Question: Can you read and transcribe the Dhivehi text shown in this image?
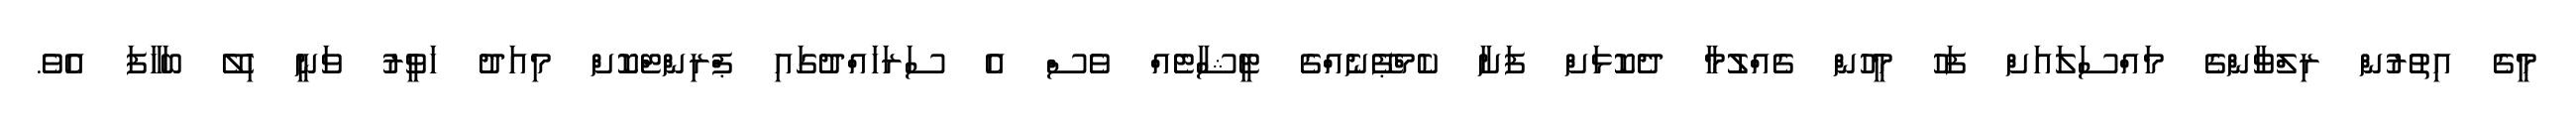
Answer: މީގެ އިތުރުން ރިލްވާންގެ މައްސަލައަށް ފަހު މީހުން ގެއްލުމާ ދެކޮޅަށް ފަށާ ކެމްޕޭނެއްގެ ޓީޝާޓެއް ވެސް އެ ސަރަހައްދުގައި ޕްރިންޓްކޮށް މިއަދު ހަވީރު ވަނީ ހިލޭ ބަހާފަ އެވެ.